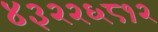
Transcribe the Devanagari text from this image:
४३२२६८१२